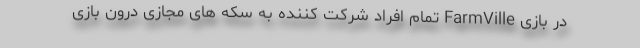
در بازی FarmVille تمام افراد شرکت کننده به سکه های مجازی درون بازی